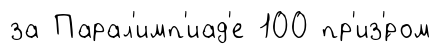
за Парал'имп'иад'е 100 пр'из'́ром